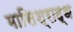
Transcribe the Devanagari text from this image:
मासिश्राद्ध